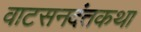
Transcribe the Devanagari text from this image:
वाटसनदंतकथा